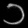
Digit: ၁